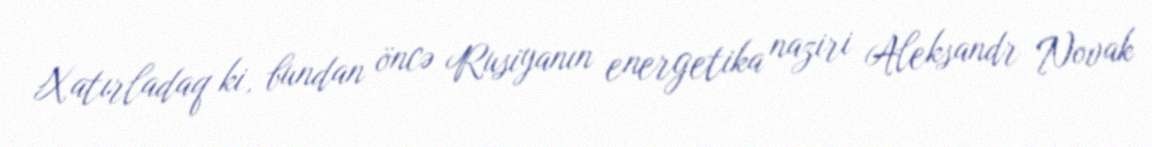
Xatırladaq ki, bundan öncə Rusiyanın energetika naziri Aleksandr Novak